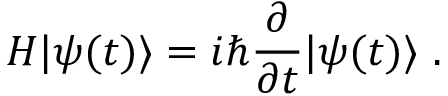
H | \psi ( t ) \rangle = i \hbar { \frac { \partial } { \partial t } } | \psi ( t ) \rangle ~ .